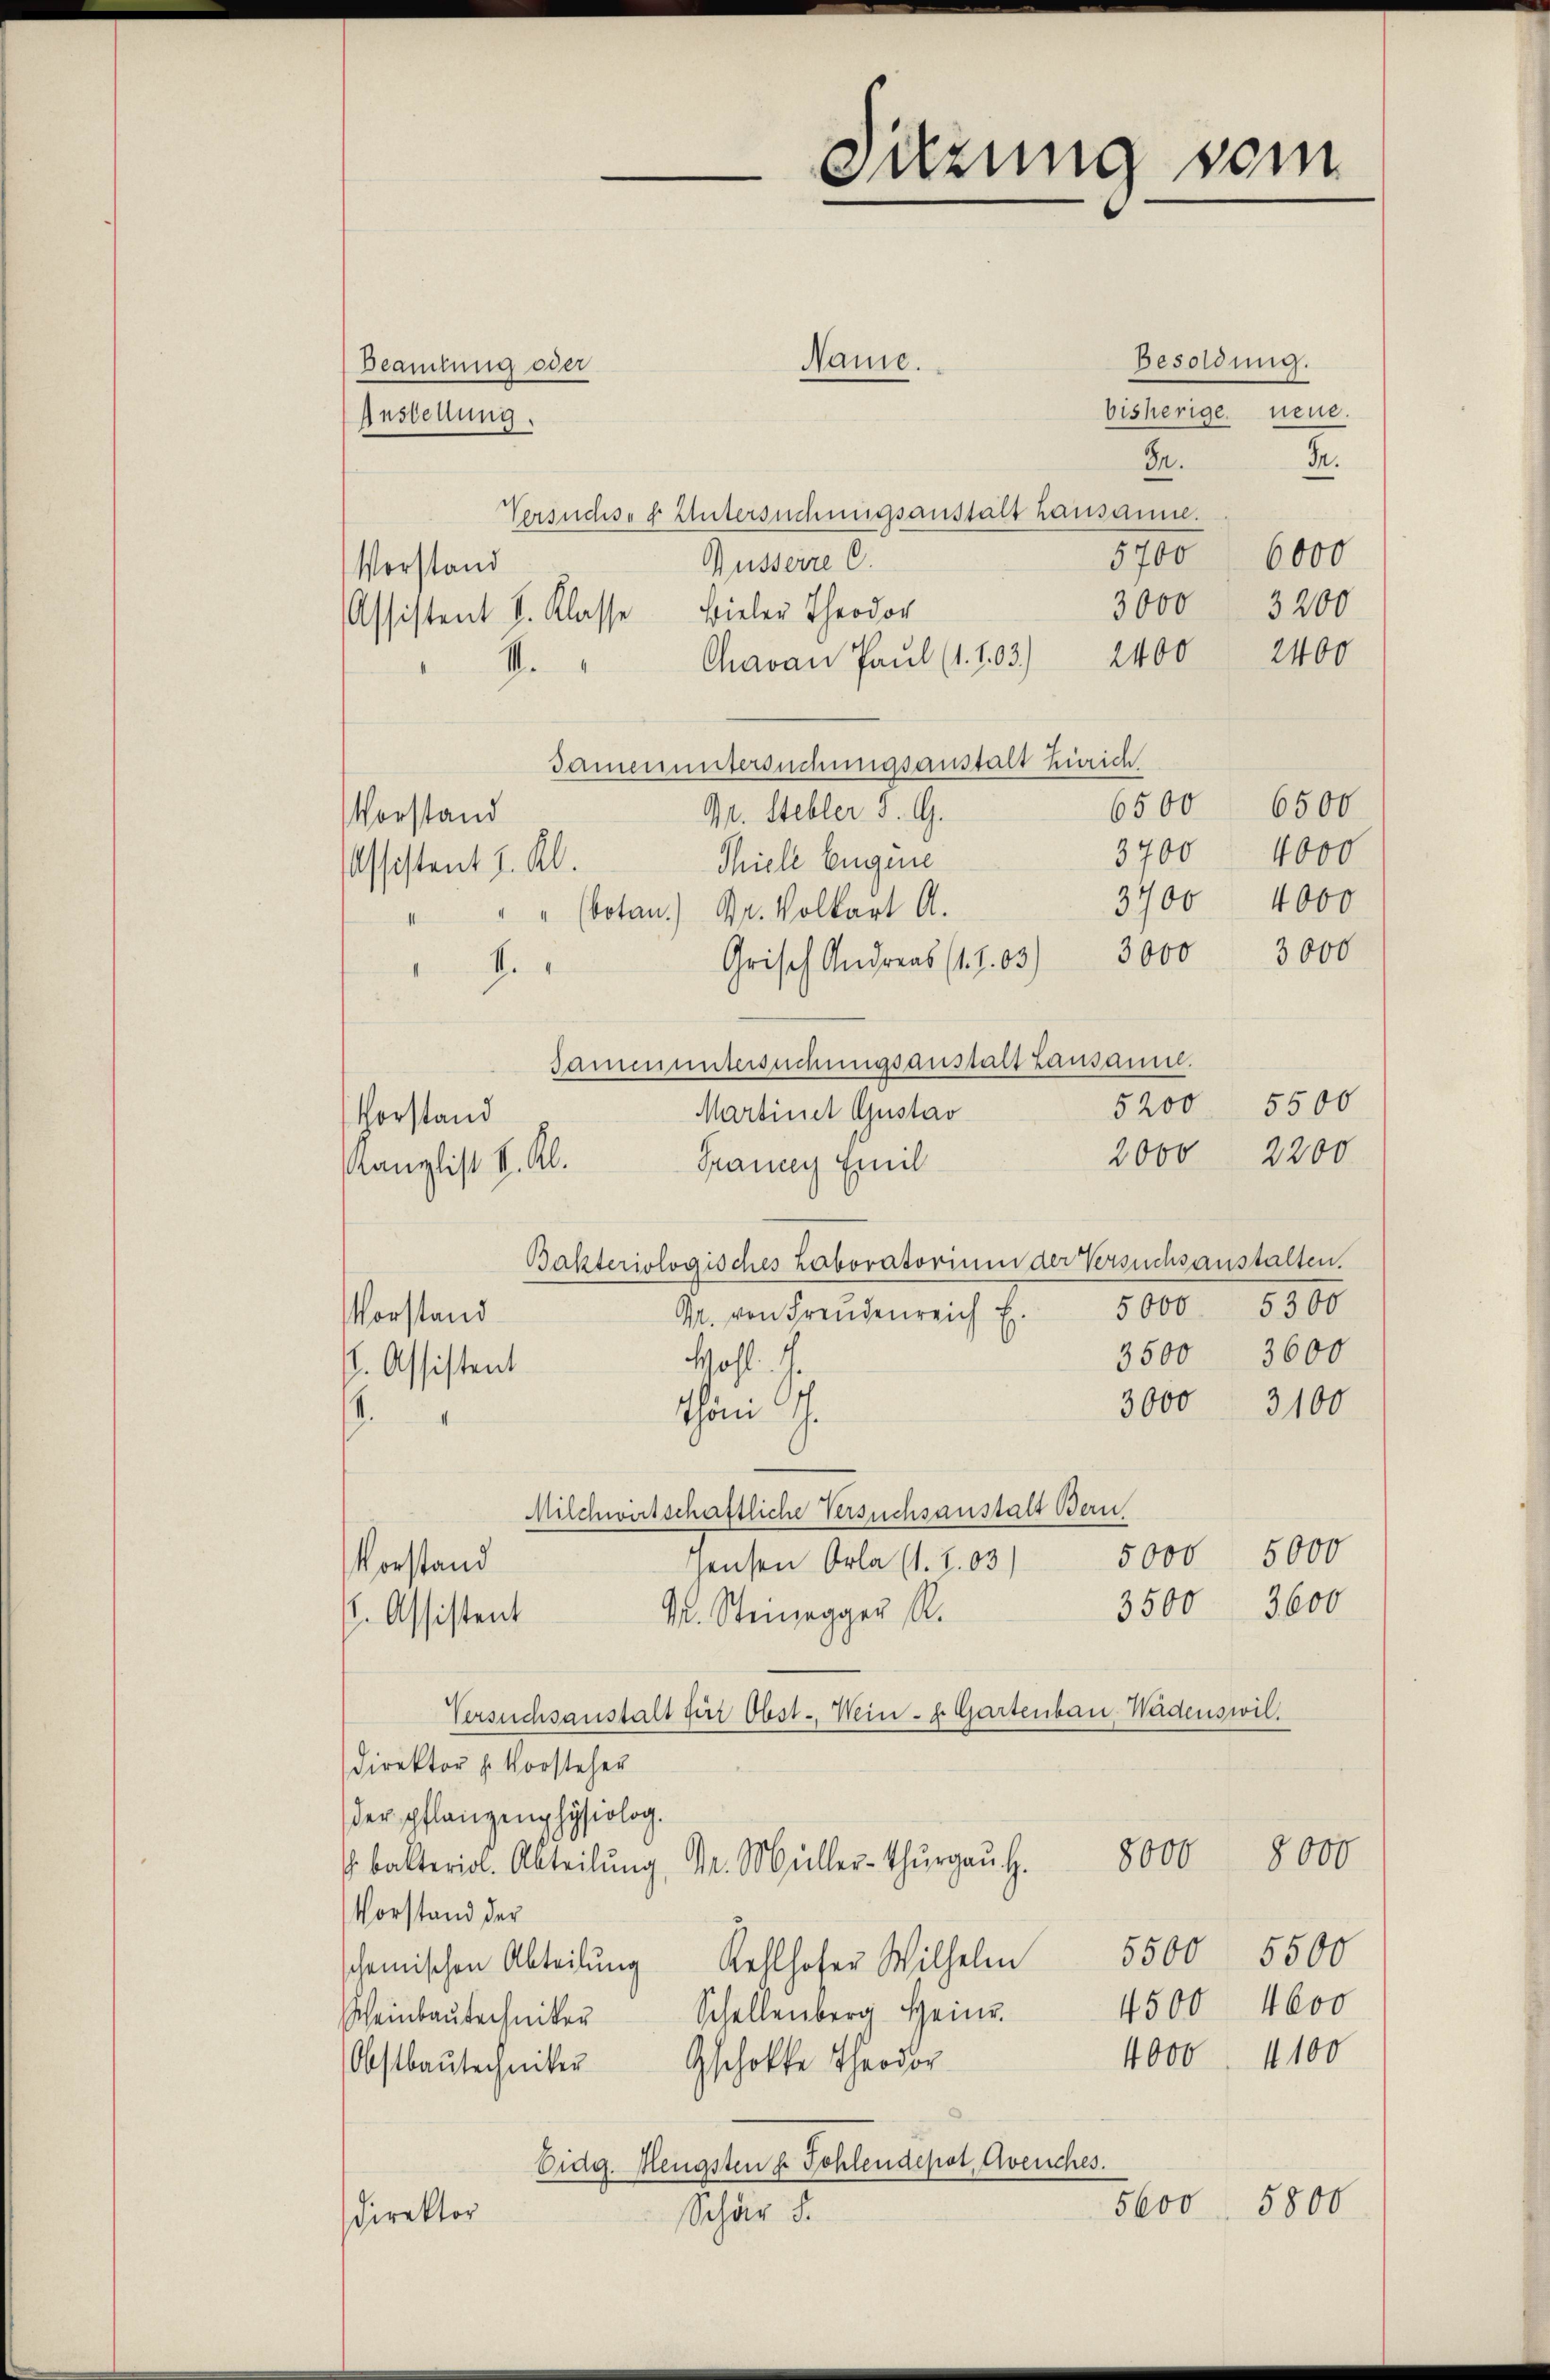
Besoldung.
bisherige neue.
d
In.
Versuchses Untersuchungsanstalt hausanne.
5700 6000
Gusserre C.
Vorstand
3000
3200
Assistent I. Klasse Bieler Theodor
Chavan Paul (1. 103) 2400 2400
s
6500 6500
Vorstand
4000
3700
Assistent J. Kl.
3700 4000
Grisch Andreas (s. S. 83) 3000 3000
.
5200
Vorstand
2000 2200
Prancey Emil
Kanzlist k. Al.
Bakteriologisches Laboratorium der Versuchsanstalten.
5300
5000
G. von Freudenreich E.
Vorstand
3600
3500
Mohl.
. Assistent
3000 3100
Thöni G.
.
1
Milchwirtschaftliche Versuchsanstalt Bern,
5000
5000
hausen Orla (1. 2.03)
Vorstand
3600
3500
M. Steinegger R.
. Assistent
Versuchsanstalt für Obst. Wein- u. Gartenbau. Wadenswil.
Direktor H. Vorsteher
der pflanzenphysiolog.
er. Abteilŭng Dr. Müller-Thŭrgaŭ Z. 8000 8000
Vorstand der
5500 5500
scheinischen Abteilŭng Kehlhofer Wilhelm
4600
4500
Schellenberg Heinr.
Scheinbautechniker
4000. 4100
Obstbautechniker Gschokke Theodor
Eidg. Hengsten h. Sohlendepot Avenches.
5800
5600
Schär 5.
Direktor

Deamtung oder
Anstellung.

91. Sebler 5. G.
Thiele Eigene
" " (botan.) Dr. Volkart A.
Samenuntersuchungsanstalt Lausanne.

Name.

Damen untersuchungsanstalt Zürich

Suzung vom

Martinet Gustav

5500